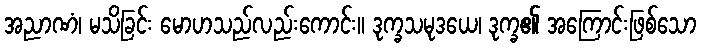
အညာဏံ၊ မသိခြင်း မောဟသည်လည်းကောင်း။ ဒုက္ခသမုဒယေ၊ ဒုက္ခ၏ အကြောင်းဖြစ်သော